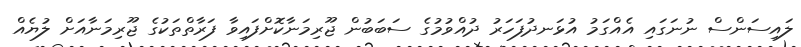
ލައިސަންސް ނުނަގައި އެއްގަމު އުޅަނދުފަހަރު ދުއްވުމުގެ ސަބަބުން ޖޫރިމަނާކޮށްފައިވާ ފަރާތްތަކުގެ ޖޫރިމަނާއަށް ލުޔެއް